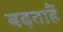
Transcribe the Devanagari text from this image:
बढ़ताहैं